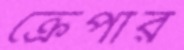
ক্রেপার